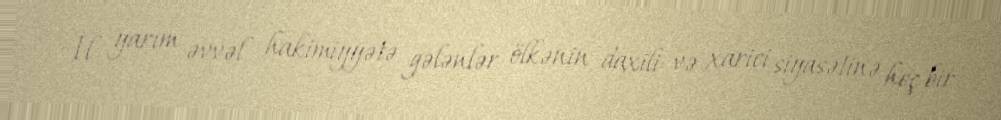
İl yarım əvvəl hakimiyyətə gələnlər ölkənin daxili və xarici siyasətinə heç bir